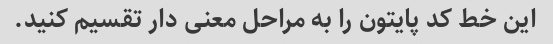
این خط کد پایتون را به مراحل معنی دار تقسیم کنید.